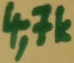
Text: 4,7k